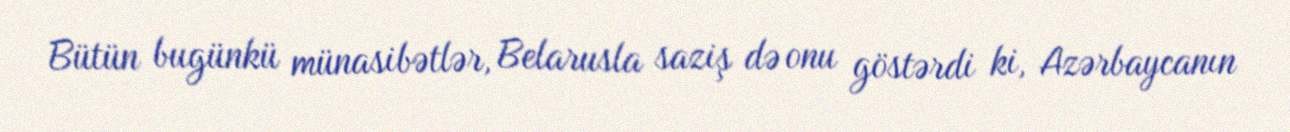
Bütün bugünkü münasibətlər, Belarusla saziş də onu göstərdi ki, Azərbaycanın